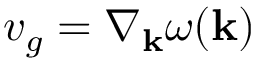
v _ { g } = \nabla _ { \mathbf { k } } \omega ( \mathbf { k } )